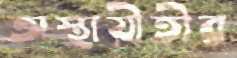
অস্থায়ীতীর